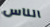
الناس